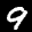
Label: 9